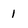
Character: 1